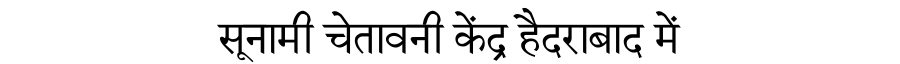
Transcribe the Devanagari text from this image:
सूनामी चेतावनी केंद्र हैदराबाद में